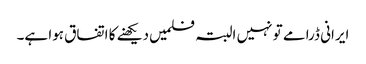
ایرانی ڈرامے تو نہیں البتہ فلمیں دیکھنے کا اتفاق ہوا ہے۔